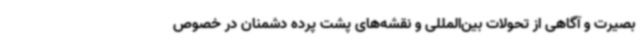
بصیرت و آگاهی از تحولات بین‌المللی و نقشه‌های پشت پرده دشمنان در خصوص